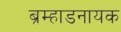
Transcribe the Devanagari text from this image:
ब्रम्हाडनायक